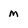
Character: M